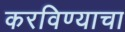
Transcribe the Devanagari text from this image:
करविण्याचा